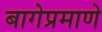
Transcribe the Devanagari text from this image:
बागेप्रमाणे